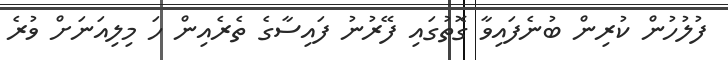
ފުލުހުން ކުރިން ބުނެފައިވާ ގޮތުގައި ފޭރުނު ފައިސާގެ ތެރެއިން ހަ މިލިއަނަށް ވުރެ